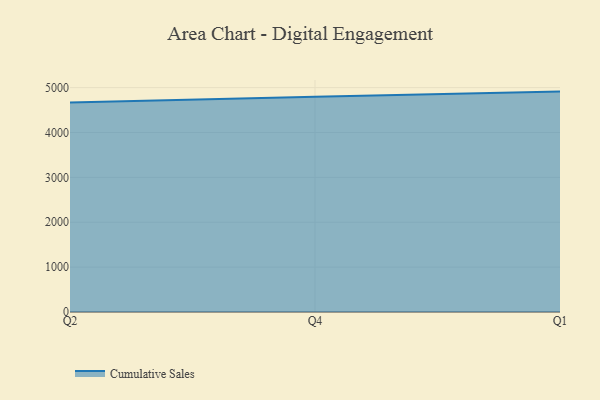
{"axis": {"x": "Quarter", "y": "Gross Profit (USD K)"}, "legend": ["Cumulative Sales"], "data": [{"x": "Q2", "y": 4667.3, "type": "Cumulative Sales"}, {"x": "Q4", "y": 4799.5, "type": "Cumulative Sales"}, {"x": "Q1", "y": 4911.7, "type": "Cumulative Sales"}]}